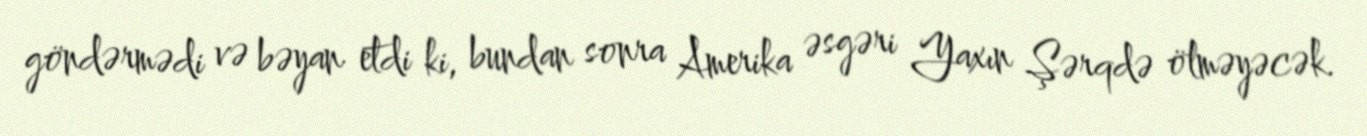
göndərmədi və bəyan etdi ki, bundan sonra Amerika əsgəri Yaxın Şərqdə ölməyəcək.